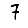
Digit: 7